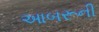
આબરૂની